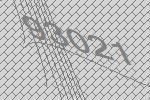
93021